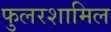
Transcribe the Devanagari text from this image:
फुलरशामिल